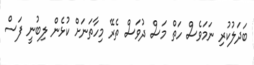
ބަދަލުކުރި ނަމަވެސް ހަތް މަސް ދުވަސް ތެރޭ މިހާތަނަށް ކުޅެން ލިބުނީ ފަސް